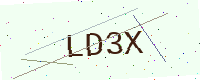
Text: LD3X